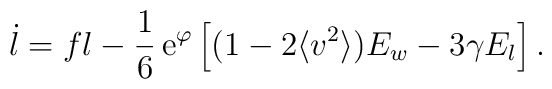
\dot l   =  fl     -\frac{1}{6}\,\mathrm{e}^\varphi       \left[ (1-2\langle v^2 \rangle ) E_w -3\gamma E_l      \right].